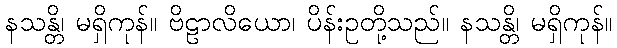
နသန္တိ၊ မရှိကုန်။ ဗိဠာလိယော၊ ပိန်းဥတို့သည်။ နသန္တိ၊ မရှိကုန်။